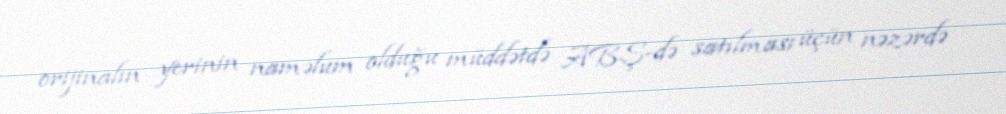
orijinalın yerinin naməlum olduğu müddətdə ABŞ-də satılması üçün nəzərdə